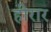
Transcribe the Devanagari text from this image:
हीरार